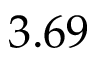
3 . 6 9